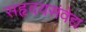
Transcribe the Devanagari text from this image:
सहृदयसंवेद्य